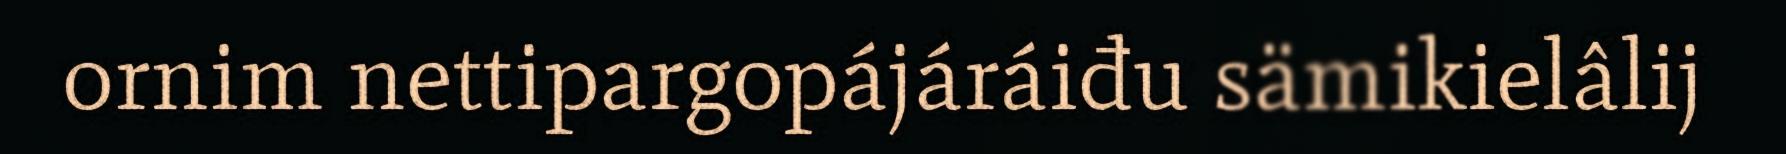
ornim nettipargopájáráiđu sämikielâlij